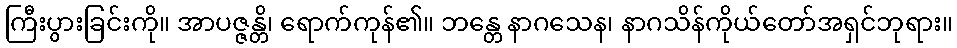
ကြီးပွားခြင်းကို။ အာပဇ္ဇန္တိ၊ ရောက်ကုန်၏။ ဘန္တေ နာဂသေန၊ နာဂသိန်ကိုယ်တော်အရှင်ဘုရား။